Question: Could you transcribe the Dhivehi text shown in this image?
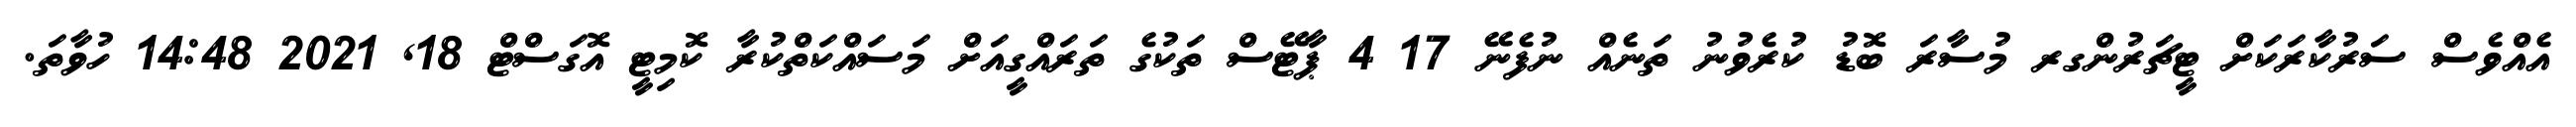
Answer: އެއްވެސް ސަރުކާރަކަށް ޓީޗަރުންގރ މުސާރަ ބޮޑު ކުރެވުނު ތަނެއް ނުފެނޭ 17 4 ޕާޓޭސް ތަކުގެ ތަރައްގީއަށް މަސައްކަތްކުރާ ކޮމިޓީ އޮގަސްޓް 18, 2021 14:48 ހުވާތަ.